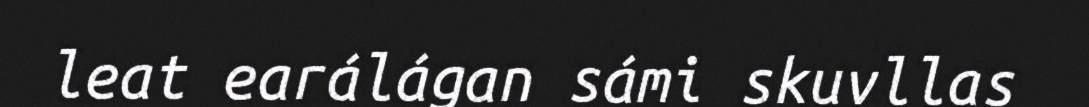
leat earálágan sámi skuvllas